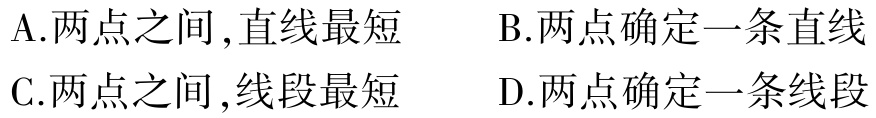
A.两点之间,直线最短

B.两点确定一条直线

C.两点之间,线段最短

D.两点确定一条线段